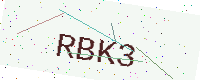
Text: RBK3